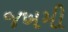
જખમી